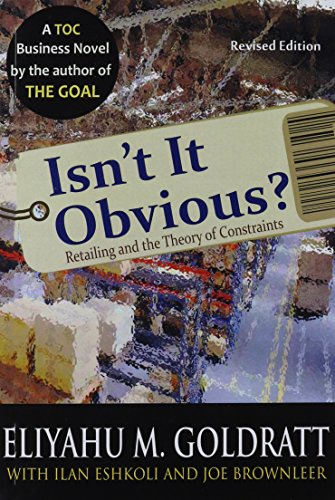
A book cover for Isn't It Obvious? Revised; Eliyahu M. Goldratt; Business & Money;